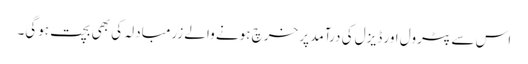
اس سے پٹرول اور ڈیزل کی درآمد پر خرچ ہونے والے زرمبادلہ کی بھی بچت ہوگی۔